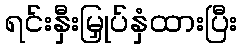
ရင်းနှီးမြှုပ်နှံထားပြီး